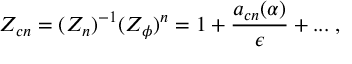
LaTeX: Z _ { c n } = ( { Z } _ { n } ) ^ { - 1 } ( Z _ { \phi } ) ^ { n } = 1 + \frac { a _ { c n } ( \alpha ) } { \epsilon } + . . . \; ,